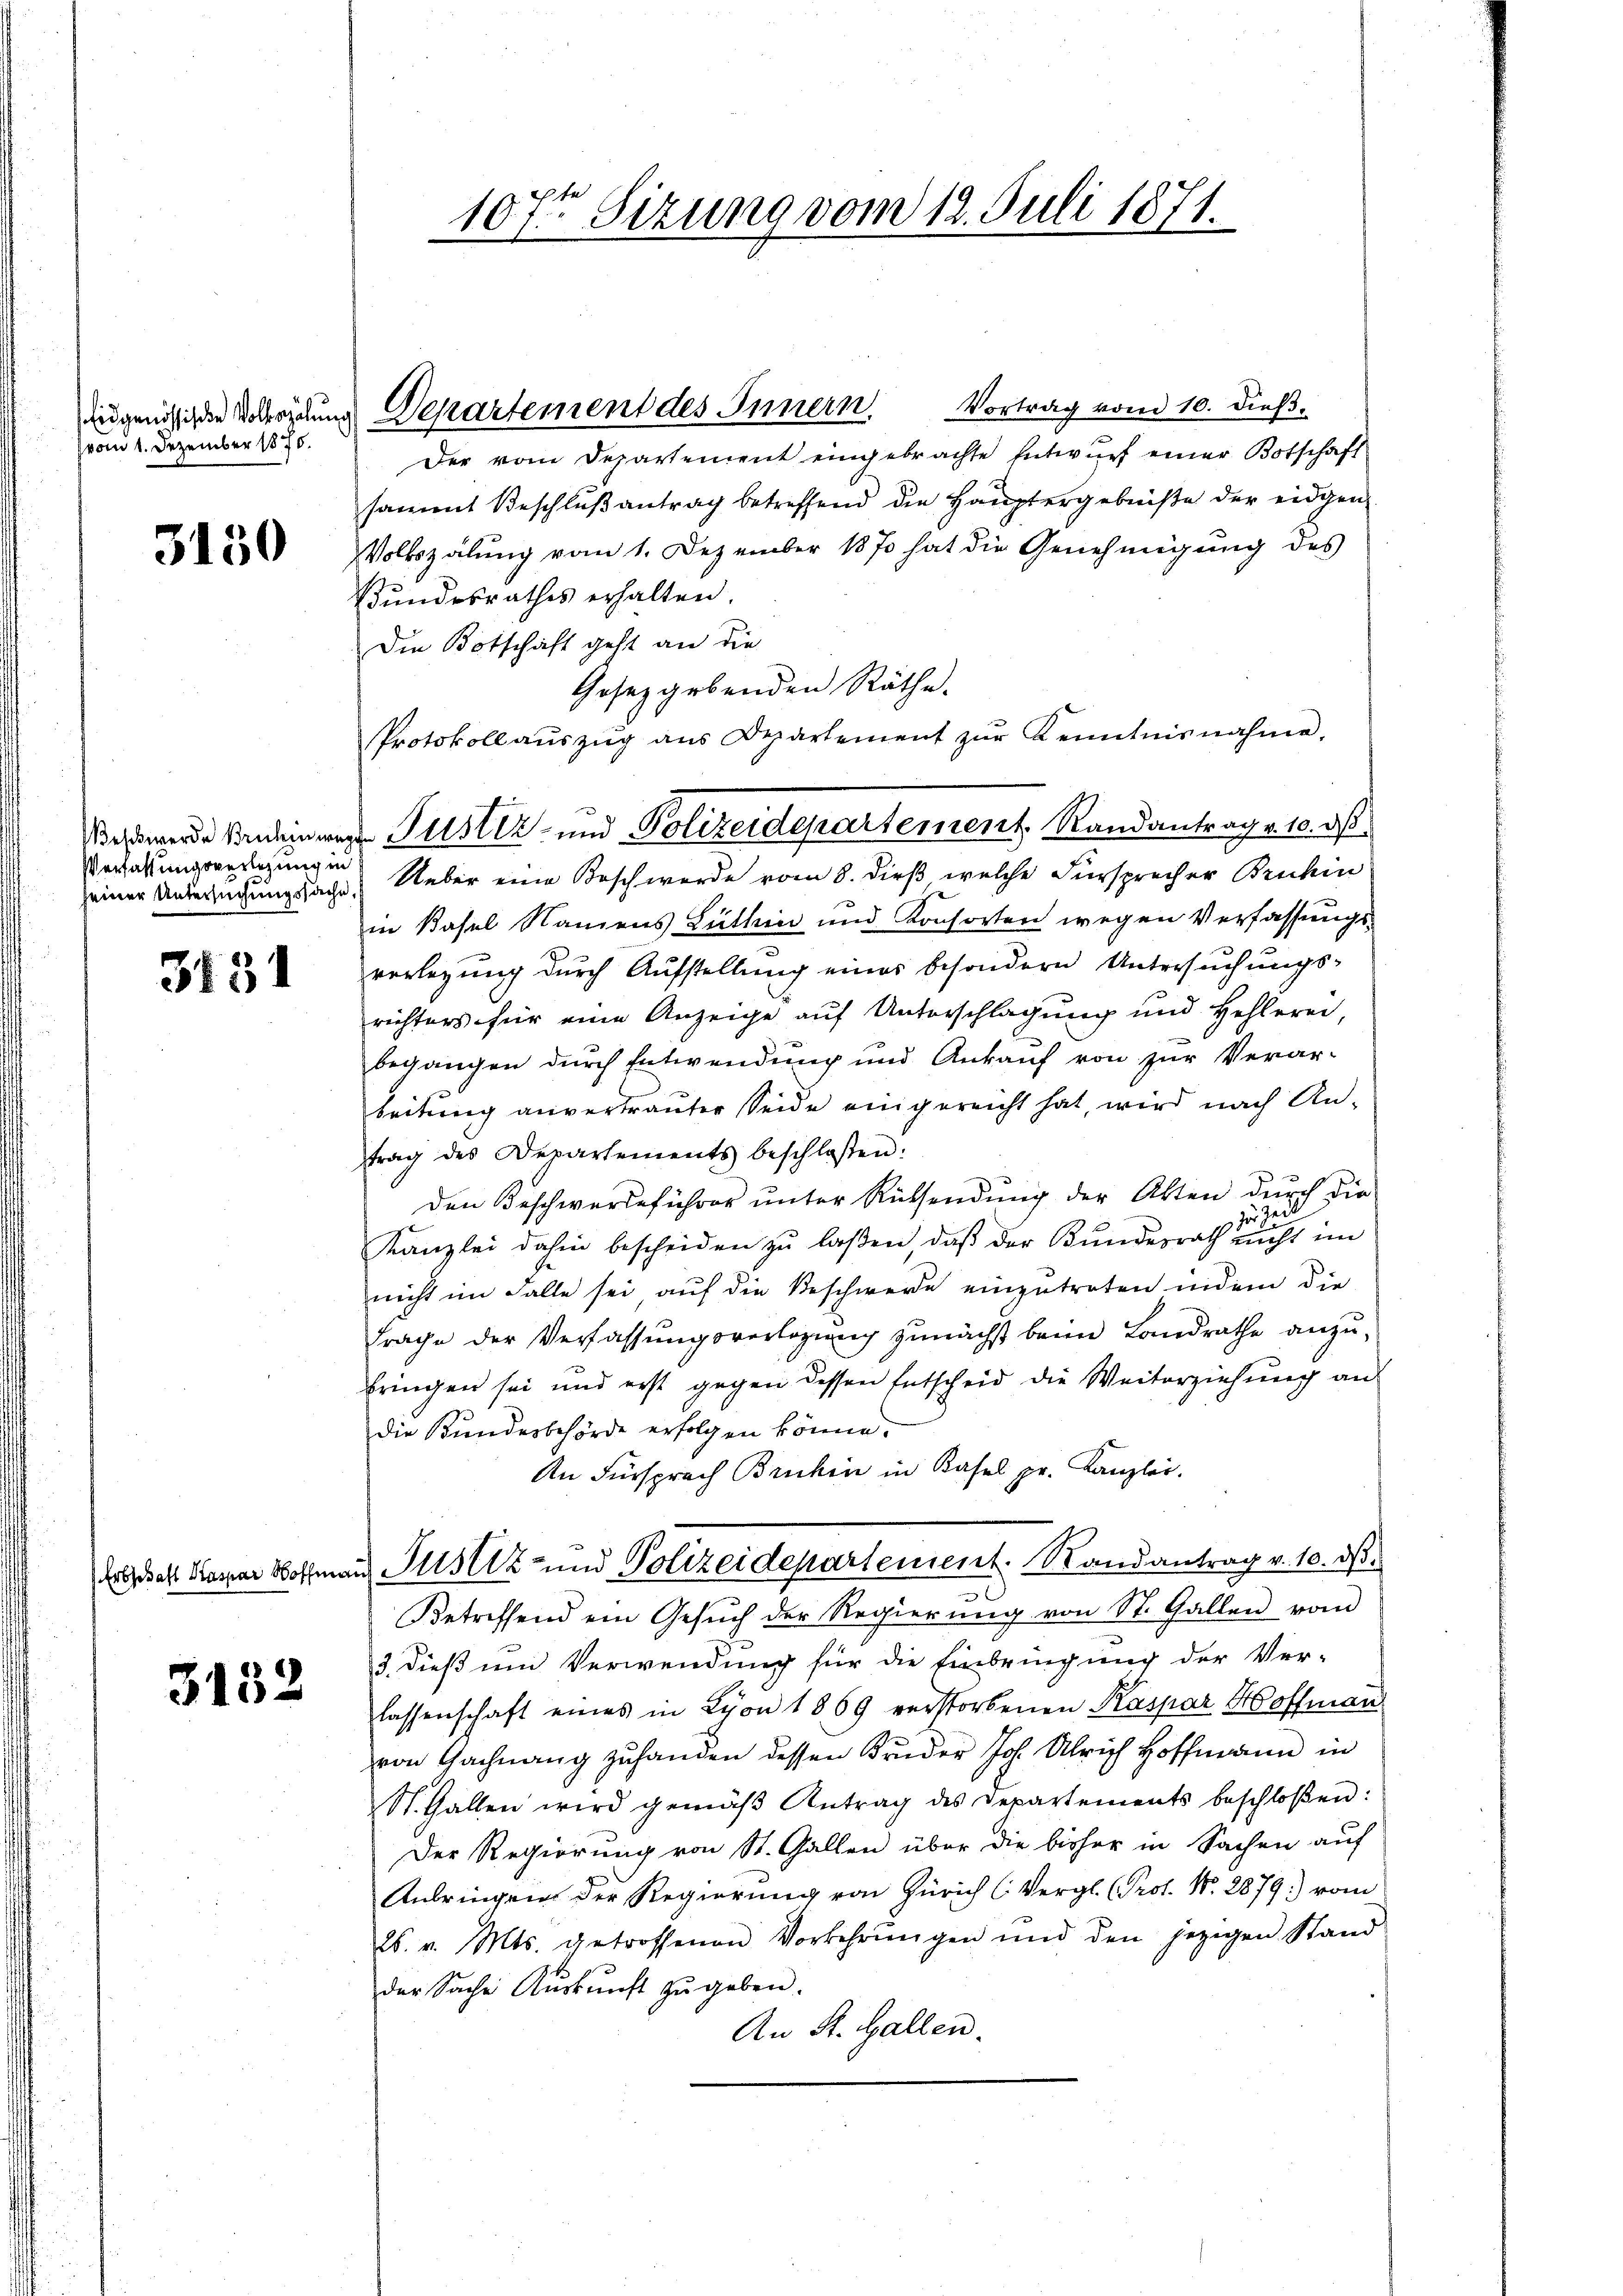
(vom 1. Dezember 1875.

3150

Verfassungsverlegung in

3431

3152

107ten Sizung vom 12. Juli 1871.

jugenössigen Vollsaun Departement des Innern. Vortrag vom 10. dieß¬

Der vom Departement eingebrachte Entwurf einer Botschaft
sammt Beschlußantrag betreffend die Hauptergebniße der eidgen
Volkszalung vom 1. Dezember 1870 hat die Genehmigung des
Bundesrathes erhalten.
Die Botschaft geht an die
Gesetzgebenden Räthe.
Protokoll aŭszŭg ans Departement zŭr Kenntnisnahme.
einer Untersuchungssache Ueber eine Kosch werde vom 8. dieß, welche Fürsprecher Bruhin
in Basel Namens Luthin und Konsorten wegen Verfassungsverlegung durch Aufstellung eines besondern Untersuchungsrichters für eine Anzeige auf Unterschlagung und Hehlerei,
begangen durch Entwendung und Ankauf von zur Verar-
beitung anvertrauter Seide eingereicht hat, wird nach Antrag des Departements beschloßen:
Den Beschwerdeführer unter Rücksendung der Akten durch die
zur Ze
Kanzlei dahin bescheiden zŭ laßen, daβ der Bŭndesrath nicht im
nicht im Falle sei auf die Beschwerde einzutreten indem die
Frage der Verfassungsverlegung zunächst beim Landrathe anzu-
bringen sei und erst gegen dessen Entscheid die Weiterziehung an
die Bundesbehörde erfolgen könne.
An Fürsprach Bruhin in Kasel pr. Kanzlei.
dreas Kaspar Hoffmann Justiz- und Polizeidepartement. Randantrag v. 10. ds.
s
Betreffend ein Gesŭch der Regierung von St. Gallen vom
3. dieß um Verwendung für die Einbringung der Ver-
lassenschaft eines in Lyon 1869 verstorbenen Kaspar Hoffmann
von Gachnang zu handen dessen Bruder Joh. Ulrich Hoffmann in
St. Gallen wird gemäβ Antrag des Departements beschloßen:
Der Regierung von St. Gallen über die bisher in Sachen auf
Anbringen der Regierung von Zürich (Vergl. (Prot. N. 2879) vom
26. v. Mts. getroffenen Vorkehrŭngen und den jezigen Stand
der Sache Aŭskŭnft zŭ geben.
An St. Gallen.

ehwerde sendein wer Justiz- und Polizeidepartement. Randantrag v. 10. ds